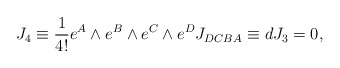
\begin{align*}J_4 \equiv {1 \over 4!} e^A \wedge e^B \wedge e^C \wedge e^D J_{DCBA}\equiv dJ_3= 0 , \qquad\end{align*}